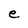
Character: e